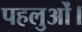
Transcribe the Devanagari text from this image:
पहलुओं।